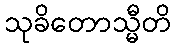
သုခိတောသ္မီတိ